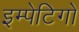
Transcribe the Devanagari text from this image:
इम्पेटिगो